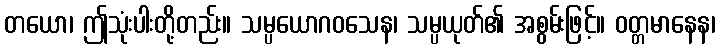
တယော၊ ဤသုံးပါးတို့တည်း။ သမ္ပယောဂဝသေန၊ သမ္ပယုတ်၏ အစွမ်းဖြင့်။ ဝတ္တမာနေန၊